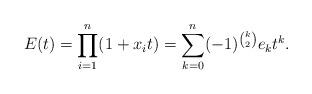
LaTeX: \begin{align*}E(t)=\prod_{i=1}^n(1+x_it)=\sum_{k=0}^n(-1)^{\binom{k}{2}}e_kt^k.\end{align*}